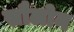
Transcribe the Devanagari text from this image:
सौलोन